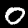
Label: 0